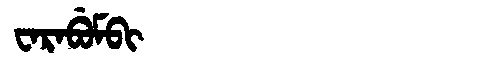
Manchu: ᠸᠠᡵᠠᠪᡠᠮᠪᡳ
Romanization: WARABUMBI